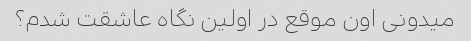
میدونی اون موقع در اولین نگاه عاشقت شدم؟